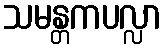
သမန္တကပလ္လာ